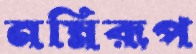
নম্নিরূপ